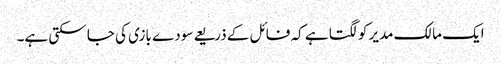
ایک مالک مدیر کو لگتا ہے کہ فائل کے ذریعے سودے بازی کی جا سکتی ہے۔